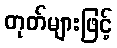
တုတ်များဖြင့်